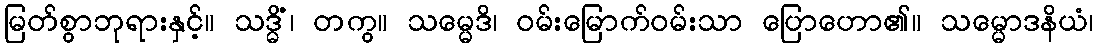
မြတ်စွာဘုရားနှင့်။ သဒ္ဓိံ၊ တကွ။ သမ္မေဒိ၊ ဝမ်းမြောက်ဝမ်းသာ ပြောဟော၏။ သမ္မောဒနိယံ၊